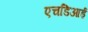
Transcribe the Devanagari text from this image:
एचडिआई